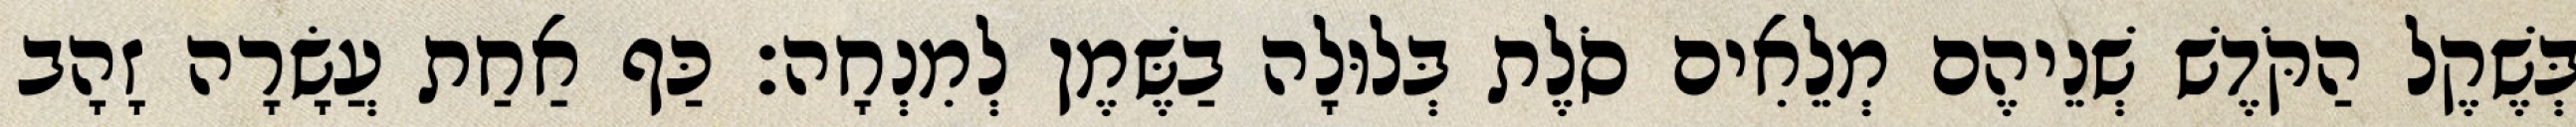
בְּשֶׁקֶל הַקֹּדֶשׁ שְׁנֵיהֶם מְלֵאִים סֹלֶת בְּלוּלָה בַשֶּׁמֶן לְמִנְחָה׃ כַּף אַחַת עֲשָׂרָה זָהָב